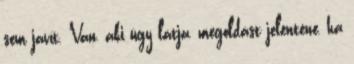
sem javít. Van, aki úgy látja, megoldást jelentene, ha